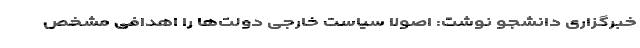
خبرگزاری دانشجو نوشت: اصولاً سیاست خارجی دولت­‌ها را اهدافی مشخص